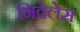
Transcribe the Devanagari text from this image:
निवेलेस